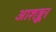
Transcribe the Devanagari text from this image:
आशङ्का